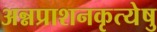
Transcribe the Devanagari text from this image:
अन्नप्राशनकृत्येषु